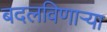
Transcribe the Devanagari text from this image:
बदलविणाऱ्या